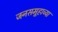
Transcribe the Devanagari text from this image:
जनसमूहाच्या